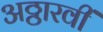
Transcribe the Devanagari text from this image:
अठ्ठारवीं